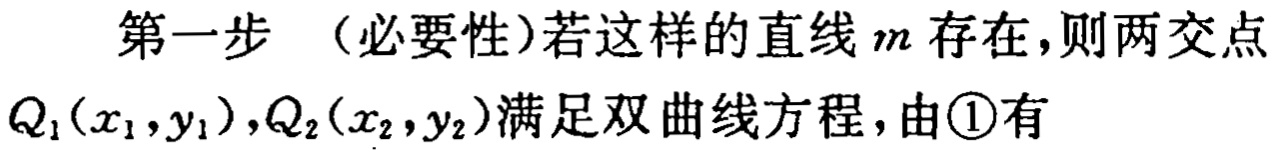
第一步 （必要性）若这样的直线\(m\)存在，则两交点\(Q_1(x_1,y_1),Q_2(x_2,y_2)\)满足双曲线方程，由\textcircled{1}有